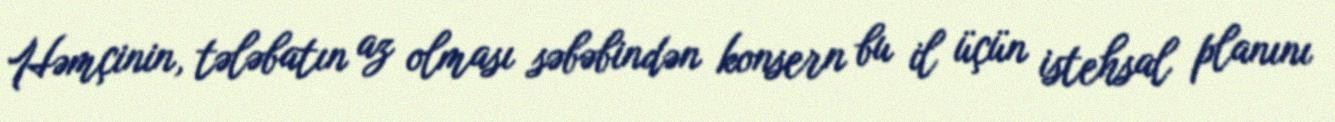
Həmçinin, tələbatın az olması səbəbindən konsern bu il üçün istehsal planını